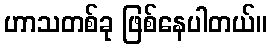
ဟာသတစ်ခု ဖြစ်နေပါတယ်။